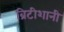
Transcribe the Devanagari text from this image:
ब्रिटीशानी